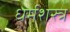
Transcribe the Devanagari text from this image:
धर्मशस्त्र